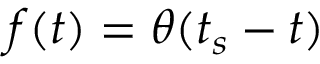
f ( t ) = \theta ( t _ { s } - t )